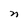
Character: n